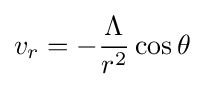
v_{r}=-{\frac {\Lambda }{r^{2}}}\cos \theta